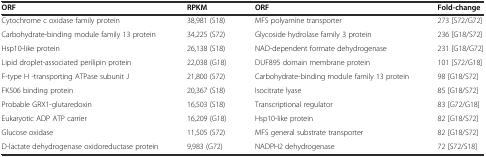
<table><thead><tr><td><b>ORF</b></td><td><b>RPKM</b></td><td><b>ORF</b></td><td><b>Fold-change</b></td></tr></thead><tbody><tr><td>Cytochrome c oxidase family protein</td><td>38,981 (S18)</td><td>MFS polyamine transporter</td><td>273 [S72/G72]</td></tr><tr><td>Carbohydrate-binding module family 13 protein</td><td>34,225 (S72)</td><td>Glycoside hydrolase family 3 protein</td><td>236 [G18/S72]</td></tr><tr><td>Hsp10-like protein</td><td>26,138 (S18)</td><td>NAD-dependent formate dehydrogenase</td><td>231 [G18/G72]</td></tr><tr><td>Lipid droplet-associated perilipin protein</td><td>22,038 (G18)</td><td>DUF895 domain membrane protein</td><td>101 [S72/G18]</td></tr><tr><td>F-type H -transporting ATPase subunit J</td><td>21,800 (S72)</td><td>Carbohydrate-binding module family 13 protein</td><td>98 [G18/S72]</td></tr><tr><td>FK506 binding protein</td><td>20,367 (S18)</td><td>Isocitrate lyase</td><td>85 [G18/S72]</td></tr><tr><td>Probable GRX1-glutaredoxin</td><td>16,503 (S18)</td><td>Transcriptional regulator</td><td>83 [G72/G18]</td></tr><tr><td>Eukaryotic ADP ATP carrier</td><td>16,209 (G18)</td><td>Hsp10-like protein</td><td>82 [G18/S72]</td></tr><tr><td>Glucose oxidase</td><td>11,505 (S72)</td><td>MFS general substrate transporter</td><td>82 [G18/S72]</td></tr><tr><td>D-lactate dehydrogenase oxidoreductase protein</td><td>9,983 (G72)</td><td>NADPH2 dehydrogenase</td><td>72 [S72/S18]</td></tr></tbody></table>